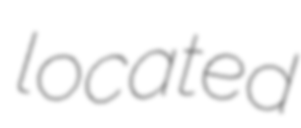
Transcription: located